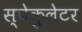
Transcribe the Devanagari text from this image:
स्पेकुलेटर